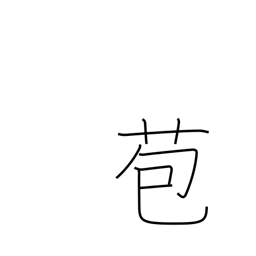
Meaning: bract